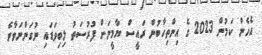
އެހެން ކަމުން 2023 ގެ އިންތިހާބުން ރައީސް ޔާމީނަށް ފުރުސަތު ލިބިވަޑައި ނުގަންނަވާނެ